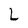
Character: L